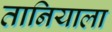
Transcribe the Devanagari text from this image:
तानियाला